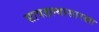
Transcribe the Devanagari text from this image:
सापडल्यासारखा